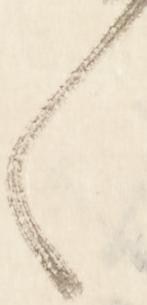
く